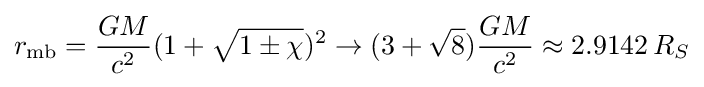
r_{\mathrm {mb} }={\frac {GM}{c^{2}}}(1+{\sqrt {1\pm \chi }})^{2}\to (3+{\sqrt {8}}){\frac {GM}{c^{2}}}\approx 2.9142\,R_{S}